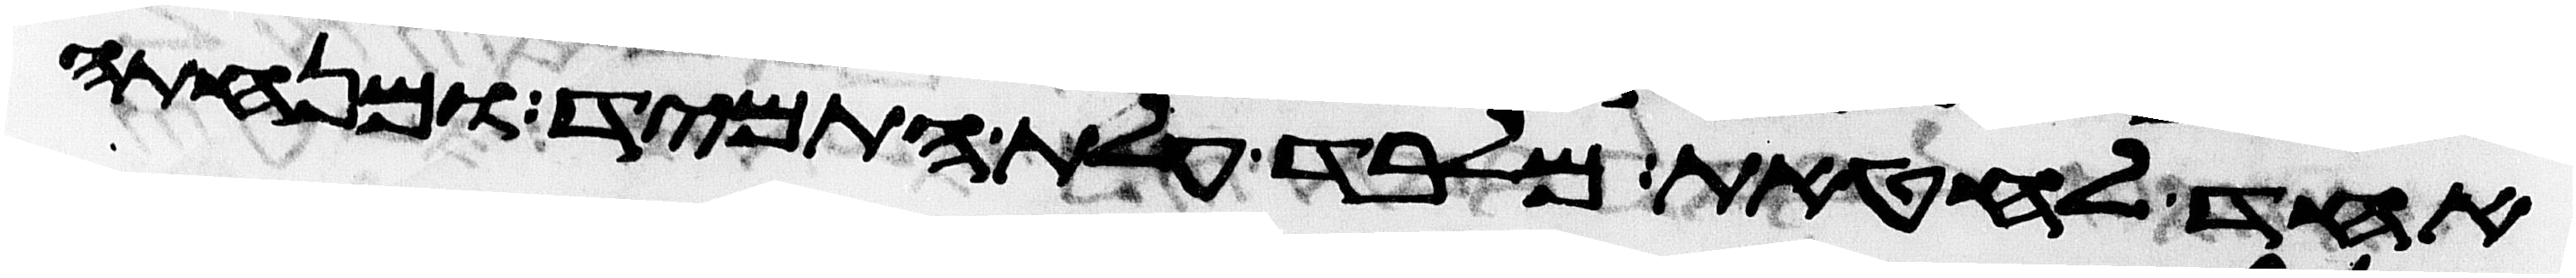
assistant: אחד לחטאת מלבד עלת התמיד ומנחתה